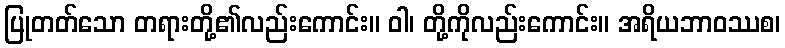
ပြုတတ်သော တရားတို့၏လည်းကောင်း။ ဝါ၊ တို့ကိုလည်းကောင်း။ အရိယဘာဝဿစ၊